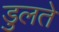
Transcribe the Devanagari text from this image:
डुलते